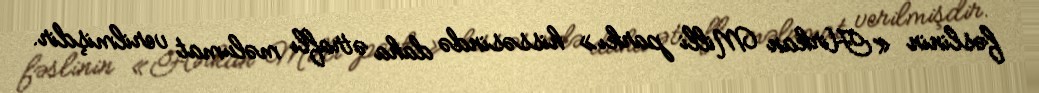
fəslinin «Hirkan Milli parkı» hissəsində daha ətraflı məlumat verilmişdir.